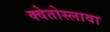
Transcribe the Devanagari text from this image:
क्वेतोस्लावा